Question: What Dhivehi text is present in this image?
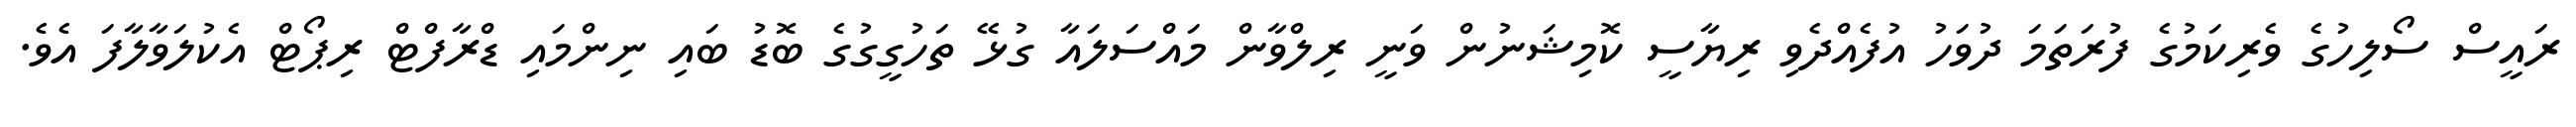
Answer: ރައީސް ސޯލިހުގެ ވެރިކަމުގެ ފުރަތަމަ ދުވަހު އުފެއްދެވި ރިޔާސީ ކޮމިޝަނުން ވަނީ ރިލްވާން މައްސަލައާ ގުޅޭ ތަހުގީގުގެ ބޮޑު ބައި ނިންމައި ޑްރާފްޓް ރިޕޯޓް އެކުލަވާލާފަ އެވެ.